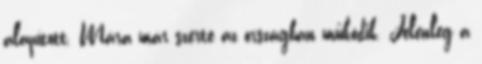
alapított. Mára már szerte az országban működik. Jelenleg a